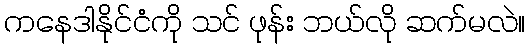
ကနေဒါနိုင်ငံကို သင် ဖုန်း ဘယ်လို ဆက်မလဲ။